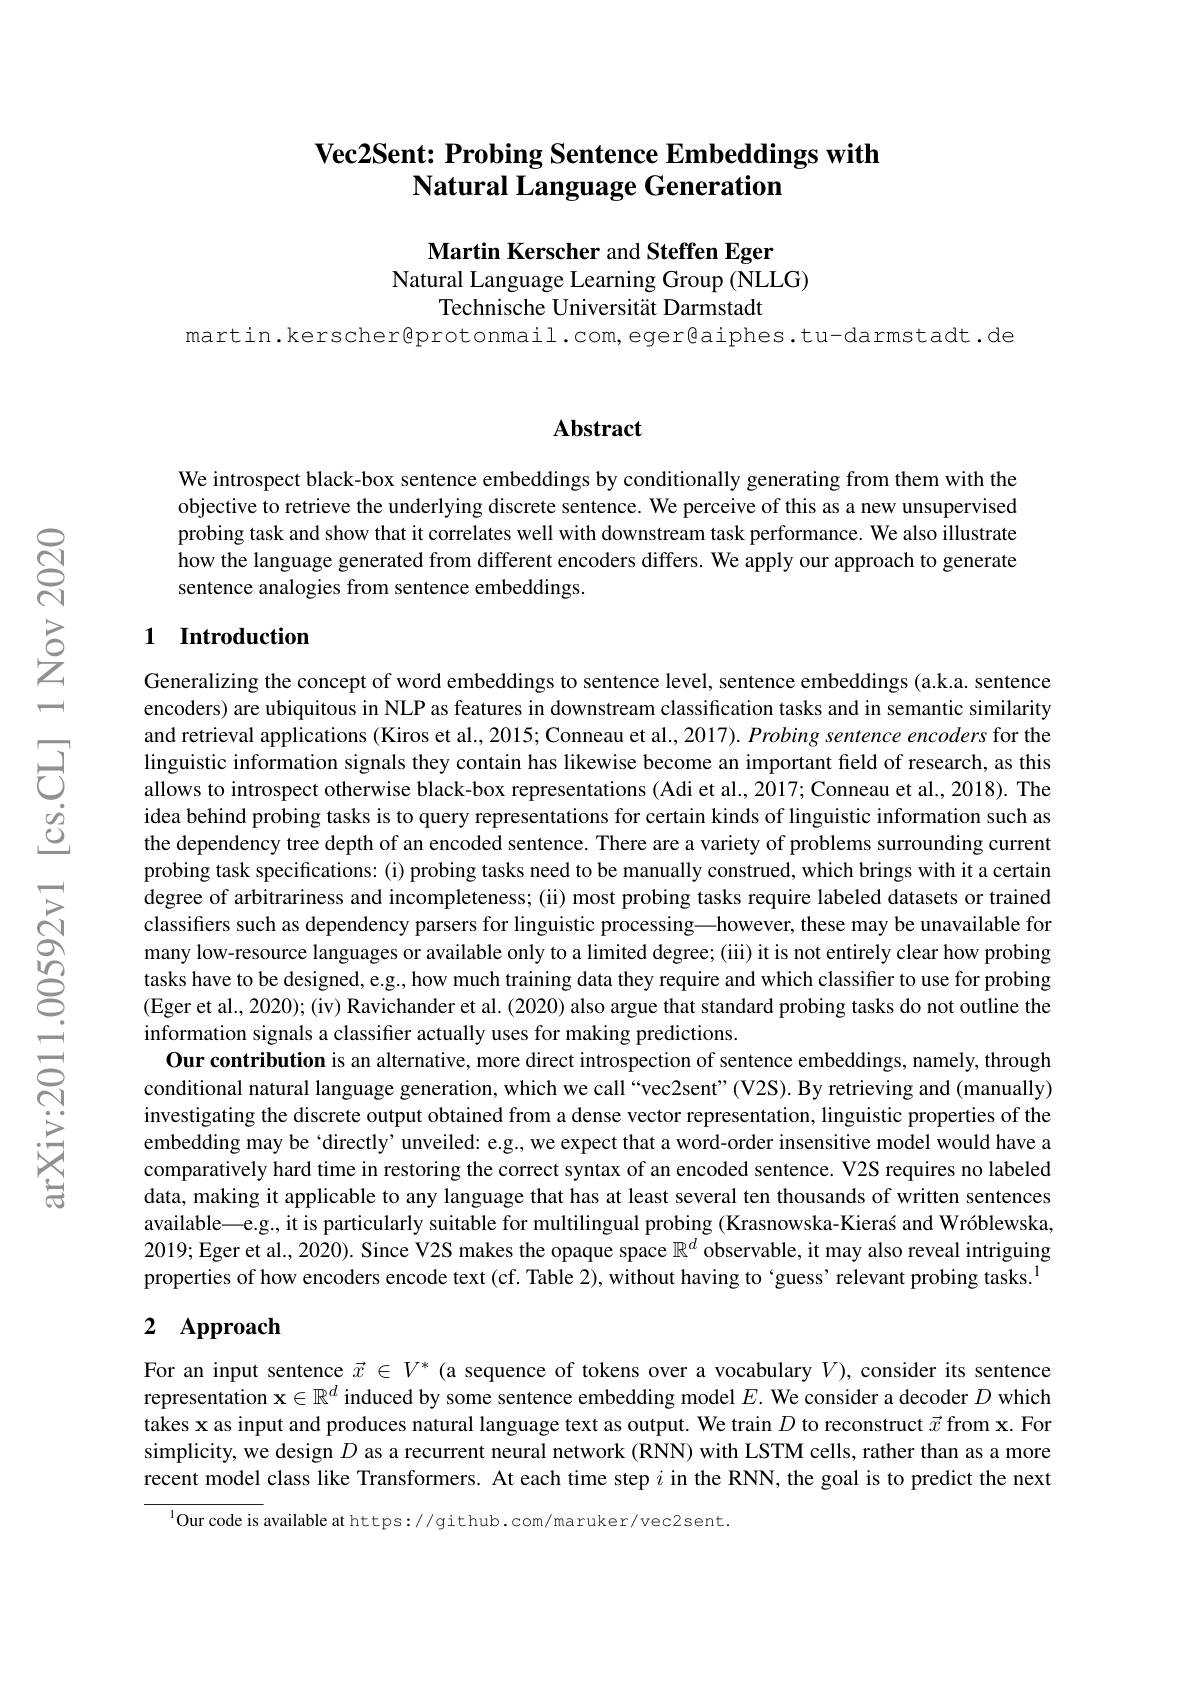
# $\textbf{Vec2Sent: Probing Sentence Embeddings with}$ Natural Language Generation

Martin Kerscher and Steffen Eger
Natural Language Learning Group (NLLG)
Technische Universität Darmstadt

martin.kerscher@protonmail.com,eger@aiphes.tu-darmstadt.de

## Abstract

We introspect black-box sentence embeddings by conditionally generating from them with the objective to retrieve the underlying discrete sentence. We perceive of this as a new unsupervised probing task and show that it correlates well with downstream task performance. We also illustrate how the language generated from different encoders differs. We apply our approach to generate sentence analogies from sentence embeddings.

### 1 Introduction

Generalizing the concept of word embeddings to sentence level, sentence embeddings (a.k.a. sentence encoders) are ubiquitous in NLP as features in downstream classification tasks and in semantic similarity and retrieval applications (Kiros et al., 2015; Conneau et al., 2017). Probing sentence encoders for the linguistic information signals they contain has likewise become an important field of research, as this allows to introspect otherwise black-box representations (Adi et al., 2017; Conneau et al., 2018). The idea behind probing tasks is to query representations for certain kinds of linguistic information such as the dependency tree depth of an encoded sentence. There are a variety of problems surrounding current probing task specifications: (i) probing tasks need to be manually construed, which brings with it a certain degree of arbitrariness and incompleteness; (ii) most probing tasks require labeled datasets or trained classifers such as dependency parsers for linguistic processing—however, these may be unavailable for many low-resource languages or available only to a limited degree; (iii) it is not entirely clear how probing tasks have to be designed, e.g., how much training data they require and which classifier to use for probing (Eger et al., 2020); (iv) Ravichander et al. (2020) also argue that standard probing tasks do not outline the information signals a classifer actually uses for making predictions.
Our contribution is an alternative, more direct introspection of sentence embeddings, namely, through conditional natural language generation, which we call“vec2sent”(V2S). By retrieving and (manually) investigating the discrete output obtained from a dense vector representation, linguistic properties of the embedding may be‘directly’unveiled: e.g., we expect that a word-order insensitive model would have a comparatively hard time in restoring the correct syntax of an encoded sentence. V2S requires no labeled data, making it applicable to any language that has at least several ten thousands of written sentences available—e.g.. it is particularly suitable for multilingual probing (Krasnowska-Kieras and Wróblewska, 2019; Eger et al., 2020). Since V2S makes the opaque space $\mathbb{R}^d$ observable, it may also reveal intriguing properties of how encoders encode text (cf. Table 2), without having to‘guess’ relevant probing tasks.$^{1}$

# 2 Approach

For an input sentence $\vec{x}\in V^*$ (a sequence of tokens over a vocabulary $V$), consider its sentence representation $\mathbf{x}\in\mathbb{R}^d$ induced by some sentence embedding model $E.$ We consider a decoder $D$ which takes x as input and produces natural language text as output. We train $D$ to reconstruct $\vec{x}$ from x. For simplicity, we design $D$ as a recurrent neural network (RNN) with LSTM cells, rather than as a more recent model class like Transformers. At each time step $i$ in the RNN, the goal is to predict the next

$^{1}$Our code is available at https://github.com/maruker/vec2sent.